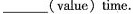
___(value)time.